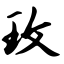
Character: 玫